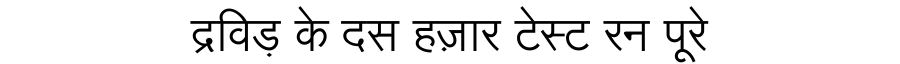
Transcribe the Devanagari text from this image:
द्रविड़ के दस हज़ार टेस्ट रन पूरे